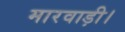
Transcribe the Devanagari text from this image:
मारवाड़ी।